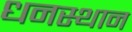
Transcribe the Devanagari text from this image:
धनस्थान